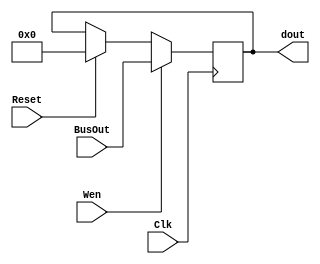
module check_EOPC(Wen,Reset, BusOut, Clk, dout);
  input Wen, Clk,Reset;
  input[3:0] BusOut;
  output reg[3:0] dout = 4'd0;
  always @(posedge Clk)
    begin
        if  (Wen) 			dout <= BusOut;
		  else if (Reset) 	dout <= 4'd0;
        else    				dout <= dout;
      
    end
endmodule